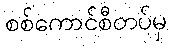
စစ်ကောင်စီတပ်မှ